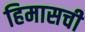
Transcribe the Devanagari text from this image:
हिमासची